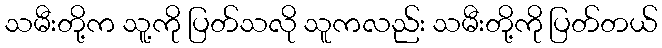
သမီးတို့က သူ့ကို ပြတ်သလို သူကလည်း သမီးတို့ကို ပြတ်တယ်